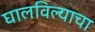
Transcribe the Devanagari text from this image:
घालविल्याचा